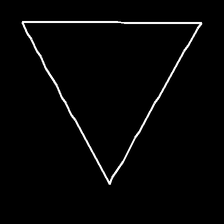
Glyph: convergence